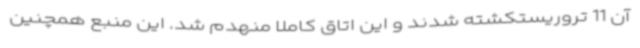
آن 11 تروریستکشته شدند و این اتاق کاملا منهدم شد. این منبع همچنین